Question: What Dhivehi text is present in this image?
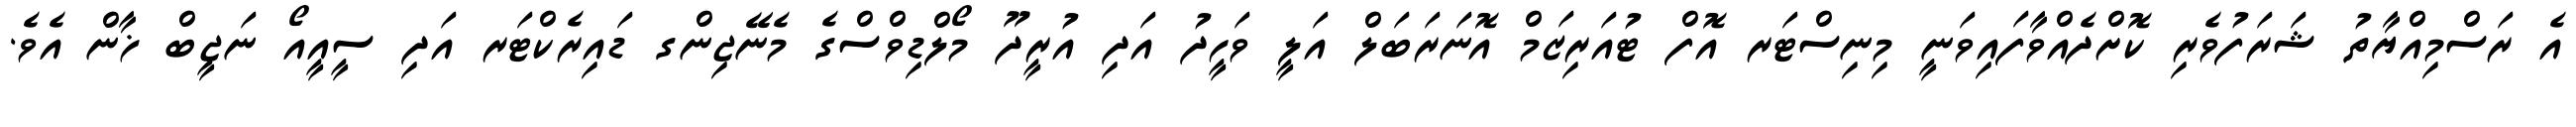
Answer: އެ ރަސްމިއްޔާތު ޝަރަފުވެރި ކޮށްދެއްވާފައިވަނީ މިނިސްޓަރ އޮފް ޓުއަރިޒަމް އޮނަރަބަލް އަލީ ވަހީދު އަދި އުރީދޫ މޯލްޑިވްސްގެ މެނޭޖިންގ ޑައިރެކްޓަރ އަދި ސީއީއޯ ނަޖީބް ޚާން އެވެ.